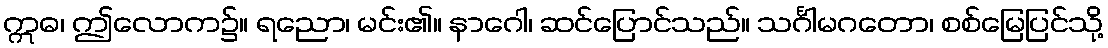
ဣဓ၊ ဤလောက၌။ ရညော၊ မင်း၏။ နာဂေါ၊ ဆင်ပြောင်သည်။ သင်္ဂါမဂတော၊ စစ်မြေပြင်သို့